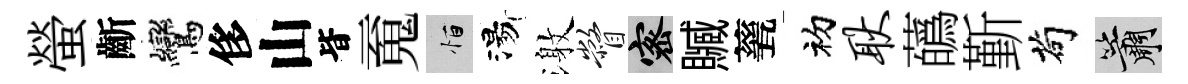
螢齗鸞侈山𣅜䰟恒湯激瞥密贓甆初耿蘤斳茍簫